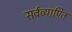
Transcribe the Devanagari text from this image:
सर्वव्यापित